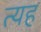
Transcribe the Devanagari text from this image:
त्यह